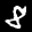
Label: 8